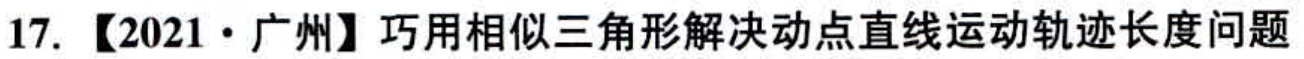
17. 【2021·广州】巧用相似三角形解决动点直线运动轨迹长度问题